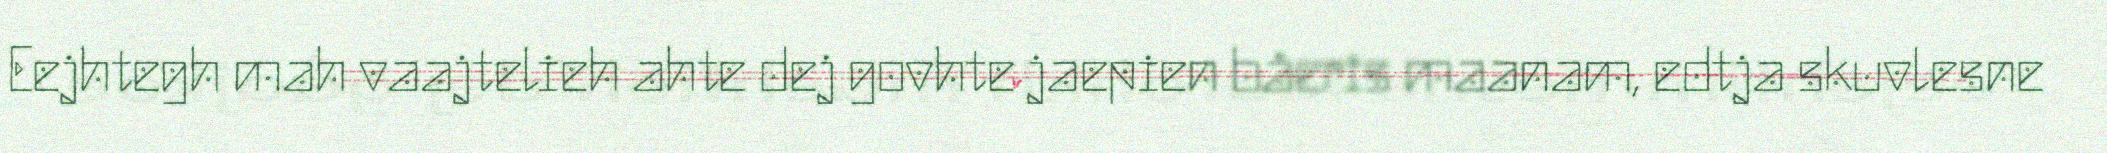
Eejhtegh mah vaajtelieh ahte dej govhte jaepien båeris maanam, edtja skuvlesne